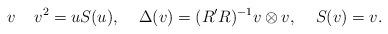
LaTeX: \begin{align*}v \:\:\:\:\: v^2 = uS(u), \:\:\:\:\: \Delta(v) = (R'R)^{-1} v \otimes v, \:\:\:\:\: S(v) = v.\end{align*}